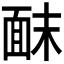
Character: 𫖀